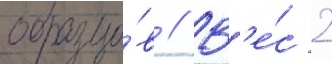
образцо́в // В'е́с 2